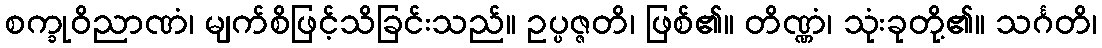
စက္ခုဝိညာဏံ၊ မျက်စိဖြင့်သိခြင်းသည်။ ဥပ္ပဇ္ဇတိ၊ ဖြစ်၏။ တိဏ္ဏံ၊ သုံးခုတို့၏။ သင်္ဂတိ၊